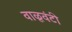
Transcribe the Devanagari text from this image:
वाळूवंटी